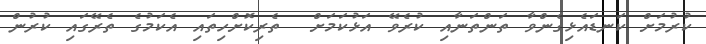
ކުރުމަށް ކަނޑައެޅިގެންވާ ތަންތަނާއި ކުރެވޭ އަޅުކަމަށް  ތެރިކޮށްހިތައި އެކަމުގެ ތެރޭގައި ކުރުން